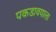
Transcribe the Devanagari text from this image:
पकडावयाला